Scottish Certificate of Education, 1963
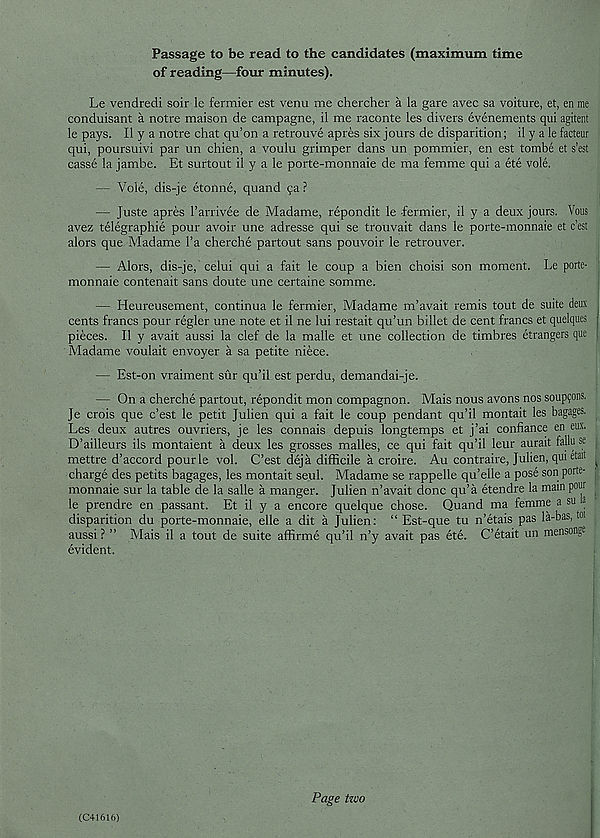
Passage to be read to the candidates (maximum time
of reading—four minutes).
Le vendredi soir le fermier est venu me chercher a la gare avec sa voiture, et, en me
conduisant a notre maison de campagne, il me raconte les divers evenements qui agitent
le pays. II y a notre chat qu’on a retrouve apres six jours de disparition; il y a le facteur
qui, poursuivi par un chien, a voulu grimper dans un pommier, en est tombe et s’est
casse la jambe. Et surtout il y a le porte-monnaie de ma femme qui a ete vole.
— Vole, dis-je etonne, quand qa ?
— Juste apres 1’arrivee de Madame, repondit le fermier, il y a deux jours. Vous
avez telegraphic pour avoir une adresse qui se trouvait dans le porte-monnaie et c’est
alors que Madame l’a cherche partout sans pouvoir le retrouver.
— Alors, dis-je, celui qui a fait le coup a bien choisi son moment. Le porte-
monnaie contenait sans doute une certaine somme.
— Heureusement, continua le fermier, Madame m’avait remis tout de suite deux
cents francs pour regler une note et il ne lui restait qu’un billet de cent francs et quelques
pieces. Il y avait aussi la clef de la malle et une collection de timbres etrangers que
Madame voulait envoyer a sa petite niece.
— Est-on vraiment sur qu’il est perdu, demandai-je.
— On a cherche partout, repondit mon compagnon. Mais nous avons nos soupqons.
Je crois que c’est le petit Julien qui a fait le coup pendant qu’il montait les bagages.
Les deux autres ouvriers, je les connais depuis longtemps et j’ai confiance en eux.
D’ailleurs ils montaient a deux les grosses malles, ce qui fait qu’il leur aurait fallu se
mettre d’accord pourle vol. C’est deja difficile a croire. Au contraire, Julien, qui etait
charge des petits bagages, les montait seul. Madame se rappelle qu’elle a pose son porte-
monnaie sur la table de la salle a manger. Julien n’avait done qu’a etendre la main pour
le prendre en passant. Et il y a encore quelque chose. Quand ma femme a su a
disparition du porte-monnaie, elle a dit a Julien: “ Est-que tu n’etais pas la-bas, toi
aussi ? ” Mais il a tout de suite affirme qu’il n’y avait pas ete. C’etait un mensonge
evident.
(C41616)
Page two